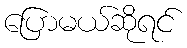
ပြောမယ်ဆိုရင်